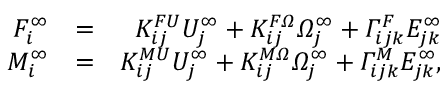
\begin{array} { r l r } { F _ { i } ^ { \infty } } & { = } & { K _ { i j } ^ { F U } U _ { j } ^ { \infty } + K _ { i j } ^ { F \itOmega } \itOmega _ { j } ^ { \infty } + \itGamma _ { i j k } ^ { F } E _ { j k } ^ { \infty } } \\ { M _ { i } ^ { \infty } } & { = } & { K _ { i j } ^ { M U } U _ { j } ^ { \infty } + K _ { i j } ^ { M \itOmega } \itOmega _ { j } ^ { \infty } + \itGamma _ { i j k } ^ { M } E _ { j k } ^ { \infty } , } \end{array}